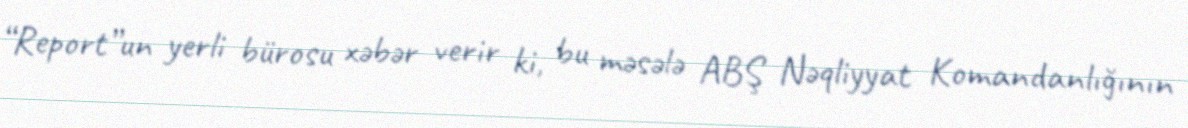
“Report”un yerli bürosu xəbər verir ki, bu məsələ ABŞ Nəqliyyat Komandanlığının